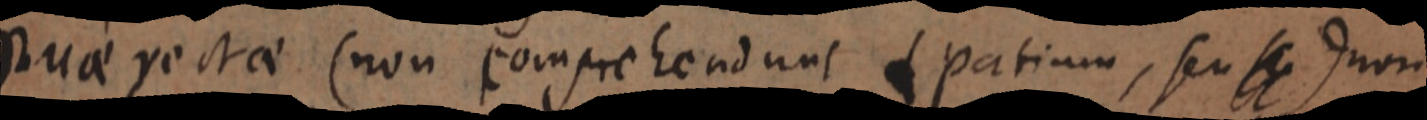
Duae rectae (non comprehendunt spatium, seu _ non